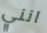
انني